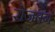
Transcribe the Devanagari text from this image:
रोजबर्ग